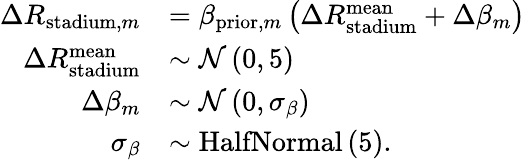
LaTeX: \begin{array}{rl}{\Delta R_{\mathrm{stadium},m}}&{=\beta_{\mathrm{prior},m}\left(\Delta R_{\mathrm{stadium}}^{\mathrm{mean}}+\Delta\beta_{m}\right)}\\ {\Delta R_{\mathrm{stadium}}^{\mathrm{mean}}}&{\sim\mathcal{N}\left(0,5\right)}\\ {\Delta\beta_{m}}&{\sim\mathcal{N}\left(0,\sigma_{\beta}\right)}\\ {\sigma_{\beta}}&{\sim\mathrm{HalfNormal}\left(5\right).}\end{array}